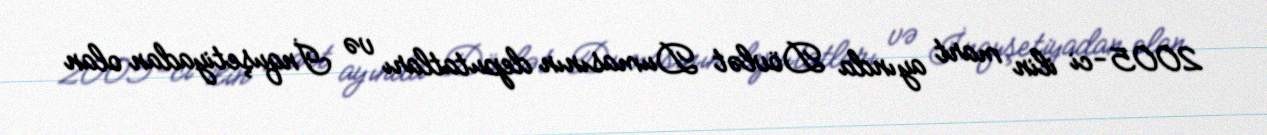
2005-ci ilin mart ayında Dövlət Dumasının deputatları və İnquşetiyadan olan